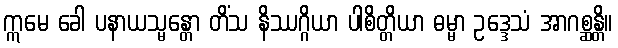
ဣမေ ခေါ ပနာယသ္မန္တော တိံသ နိဿဂ္ဂိယာ ပါစိတ္တိယာ ဓမ္မာ ဥဒ္ဒေသံ အာဂစ္ဆန္တိ။